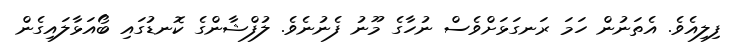
ފިލިއެވެ. އެތަނުން ހަމަ ރަނގަޅަށްވެސް ނުހާގެ މޫނު ފެނުނެވެ. ލުފްޝާންގެ ކޮނޑުގައި ބޯއަޅާލައިގެން